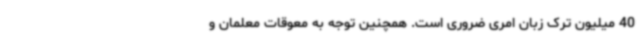
40 میلیون ترک زبان امری ضروری است. همچنین توجه به معوقات معلمان و